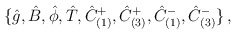
\begin{align*}\{\hat{g},\hat{B},\hat{\phi},\hat{T}, \hat{C}^{+}_{(1)},\hat{C}^{+}_{(3)},\hat{C}^{-}_{(1)},\hat{C}^{-}_{(3)}\}\, ,\end{align*}